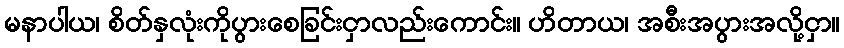
မနာပါယ၊ စိတ်နှလုံးကိုပွားစေခြင်းငှာလည်းကောင်း။ ဟိတာယ၊ အစီးအပွားအလို့ငှာ။